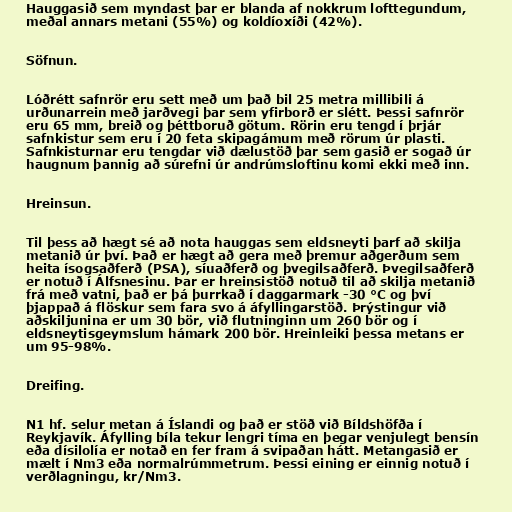
Hauggasið sem myndast þar er blanda af nokkrum lofttegundum,
meðal annars metani (55%) og koldíoxíði (42%).

Söfnun.

Lóðrétt safnrör eru sett með um það bil 25 metra millibili á
urðunarrein með jarðvegi þar sem yfirborð er slétt. Þessi safnrör
eru 65 mm, breið og þéttboruð götum. Rörin eru tengd í þrjár
safnkistur sem eru í 20 feta skipagámum með rörum úr plasti.
Safnkisturnar eru tengdar við dælustöð þar sem gasið er sogað úr
haugnum þannig að súrefni úr andrúmsloftinu komi ekki með inn.

Hreinsun.

Til þess að hægt sé að nota hauggas sem eldsneyti þarf að skilja
metanið úr því. Það er hægt að gera með þremur aðgerðum sem
heita ísogsaðferð (PSA), síuaðferð og þvegilsaðferð. Þvegilsaðferð
er notuð í Álfsnesinu. Þar er hreinsistöð notuð til að skilja metanið
frá með vatni, það er þá þurrkað í daggarmark -30 °C og því
þjappað á flöskur sem fara svo á áfyllingarstöð. Þrýstingur við
aðskiljunina er um 30 bör, við flutninginn um 260 bör og í
eldsneytisgeymslum hámark 200 bör. Hreinleiki þessa metans er
um 95-98%.

Dreifing.

N1 hf. selur metan á Íslandi og það er stöð við Bíldshöfða í
Reykjavík. Áfylling bíla tekur lengri tíma en þegar venjulegt bensín
eða dísilolía er notað en fer fram á svipaðan hátt. Metangasið er
mælt í Nm3 eða normalrúmmetrum. Þessi eining er einnig notuð í
verðlagningu, kr/Nm3.